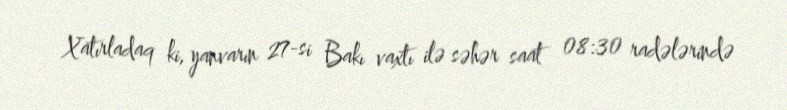
Xatırladaq ki, yanvarın 27-si Bakı vaxtı ilə səhər saat 08:30 radələrində